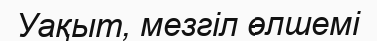
Уақыт, мезгіл өлшемі